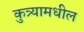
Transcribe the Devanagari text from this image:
कुत्र्यामधील